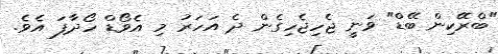
"ބްރޭކިން ބޭޑް" ވަނީ ޖެހިޖެހިގެން ދެ އަހަރު މި އެވޯޑް ހޯދާފަ އެވެ.